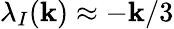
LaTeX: \lambda_{I}(\mathbf{k})\approx-\mathbf{k}/3